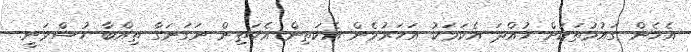
އެހެން ގައުމުތަކަށް ހުއްދަ އެކަމަކު އަހަރުމެން އެކަތިން އެކަތިން ނަގަނަގާ ތިއްބާ ހުސްވަނީ.